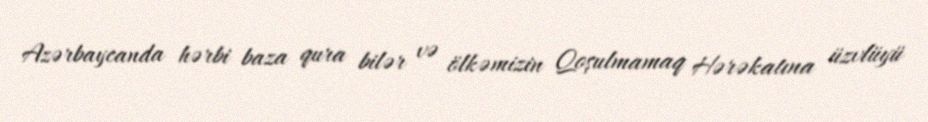
Azərbaycanda hərbi baza qura bilər və ölkəmizin Qoşulmamaq Hərəkatına üzvlüyü